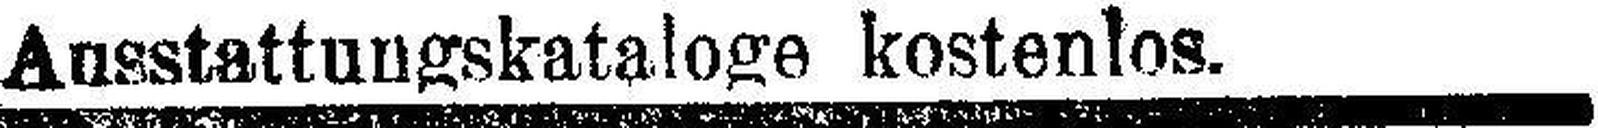
Ausstattungskataloge kostenlos.